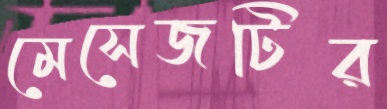
মেসেজটির